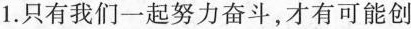
1.只有我们一起努力奋斗，才有可能创